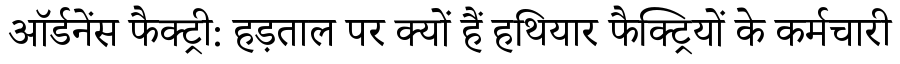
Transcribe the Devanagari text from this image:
ऑर्डनेंस फैक्ट्री: हड़ताल पर क्यों हैं हथियार फैक्ट्रियों के कर्मचारी